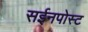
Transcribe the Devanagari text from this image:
सईनपोस्ट